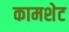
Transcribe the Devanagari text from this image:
कामशेट